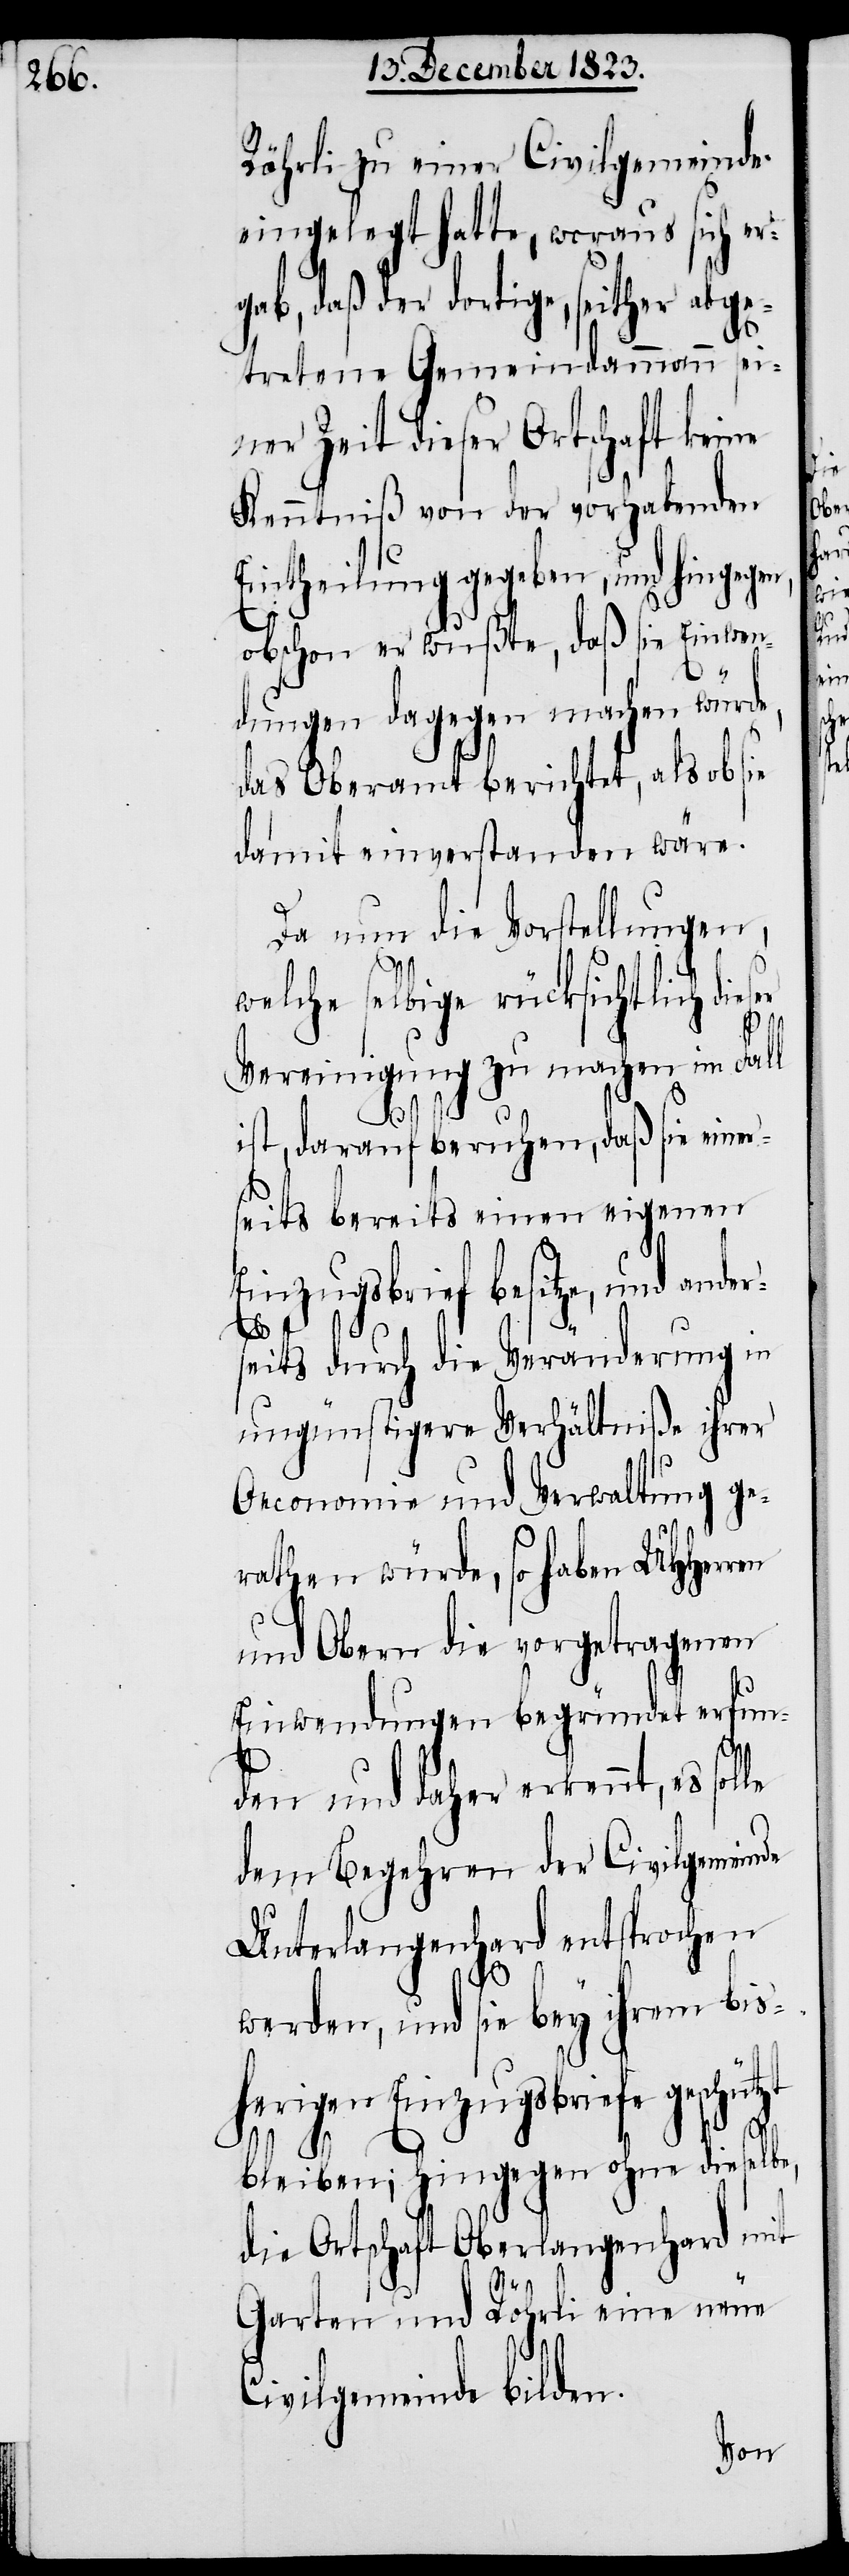
Röhrli zu einer Civilgemeinde
eingelegt hatte, woraus sich er¬
daß der dortige, seither abg¬
etretene Gemeindammann sei¬
ner Zeit dieser Ortschaft keine
Kenntniß von der vorhabenden
Eintheilung gegeben, und hingegen,
obschon er wußte, daß sie Einwen¬
ser
dungen dagegen machen würde,
das Oberamt berichtet, als ob sie
damit einverstanden wäre.
Da nun die Vorstellungen,
welche selbige rücksichtlich die¬
Vereinigung zu machen im Fall
gab,
ist, darauf beruhen, daß sie einer¬
seits bereits einen eigenen
Einzugsbrief besitze, und ander¬
seits durch die Veränderung in
ungünstigere Verhältniße ihrer
Oeconomie und Verwaltung ge¬
rathen würde, so haben UHHerren
und Obern die vorgetragenen
Einwendungen begründet erfun¬
den und daher erkennt, es
dem Begehren der Civilgemeinde
Unterlangenhard entsprochen
werden, und sie bey ihrem bis¬
herigen Einzugsbriefe geschützt
bleiben; hingegen ohne dieselbe,
die Ortschaft Oberlangenhard mit
Garten und Röhrli eine neue
Civilgemeinde bilden.